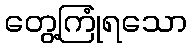
တွေ့ကြုံရသော